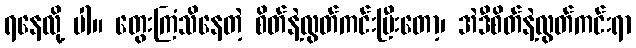
ရနေလို့ ပါ။ တွေးကြံသိနေတဲ့ စိတ်နဲ့လွတ်ကင်းပြီးတော့၊ အဲဒီစိတ်နဲ့လွတ်ကင်းရာ